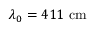
\lambda _ { 0 } = 4 1 1 \ \mathrm { c m }